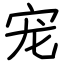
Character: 宠